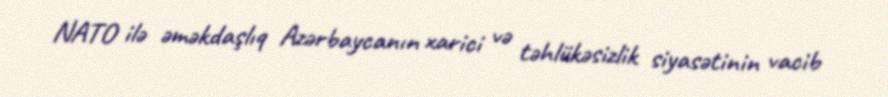
NATO ilə əməkdaşlıq Azərbaycanın xarici və təhlükəsizlik siyasətinin vacib